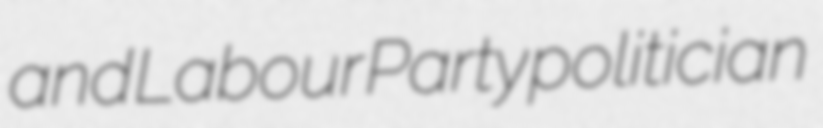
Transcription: and Labour Party politician